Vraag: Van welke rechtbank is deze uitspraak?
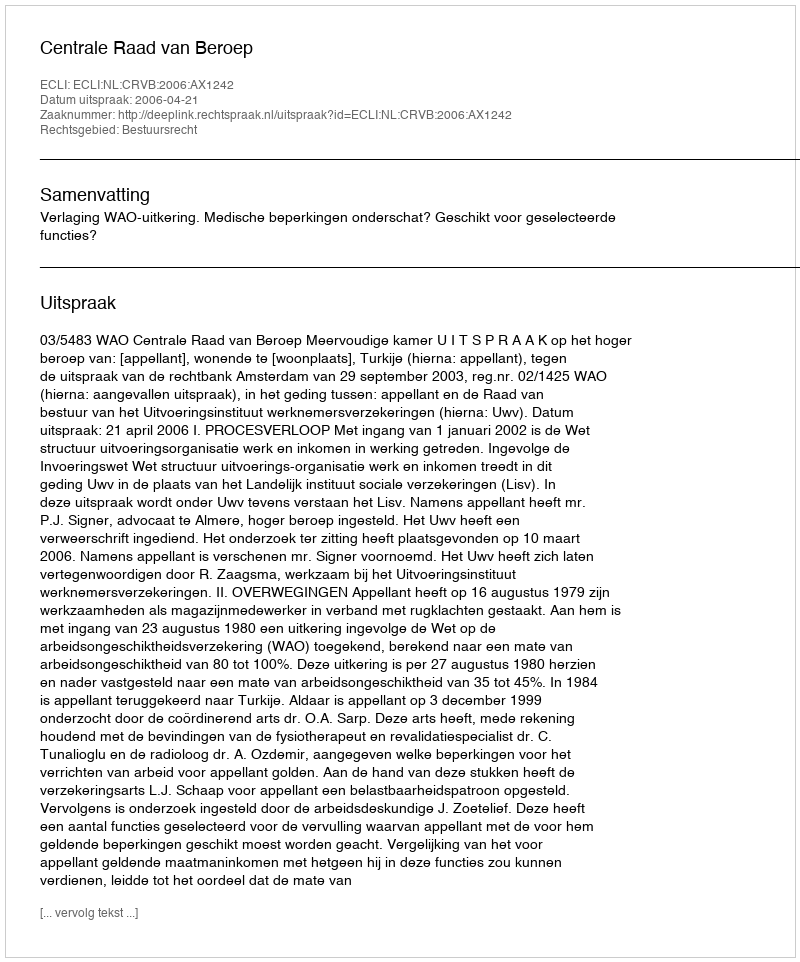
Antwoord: Centrale Raad van Beroep